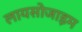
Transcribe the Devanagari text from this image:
लायसोजाइम